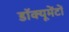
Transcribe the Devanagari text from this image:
डॉक्यूमेंटों